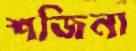
শজিনা